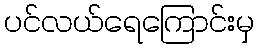
ပင်လယ်ရေကြောင်းမှ